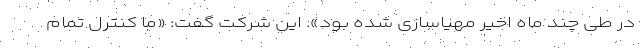
در طی چند ماه اخیر مهیاسازی شده بود». این شرکت گفت: «ما کنترل تمام